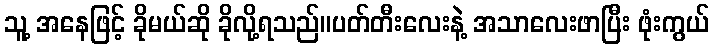
သူ့ အနေဖြင့် ခိုမယ်ဆို ခိုလို့ရသည်။ပတ်တီးလေးနဲ့ အသာလေးဖာပြီး ဖုံးကွယ်